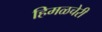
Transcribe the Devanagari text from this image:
हिमळचेरी